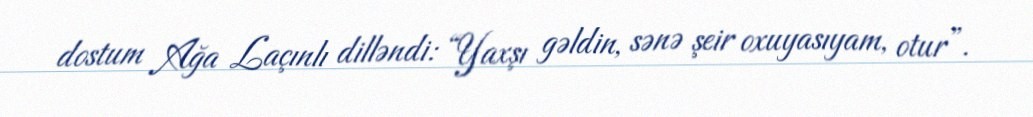
dostum Ağa Laçınlı dilləndi: “Yaxşı gəldin, sənə şeir oxuyasıyam, otur”.